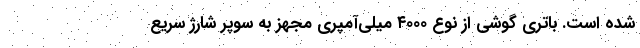
شده است. باتری گوشی از نوع ۴۰۰۰ میلی‌آمپری مجهز به سوپر شارژ سریع